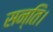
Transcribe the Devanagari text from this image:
सन्ति।